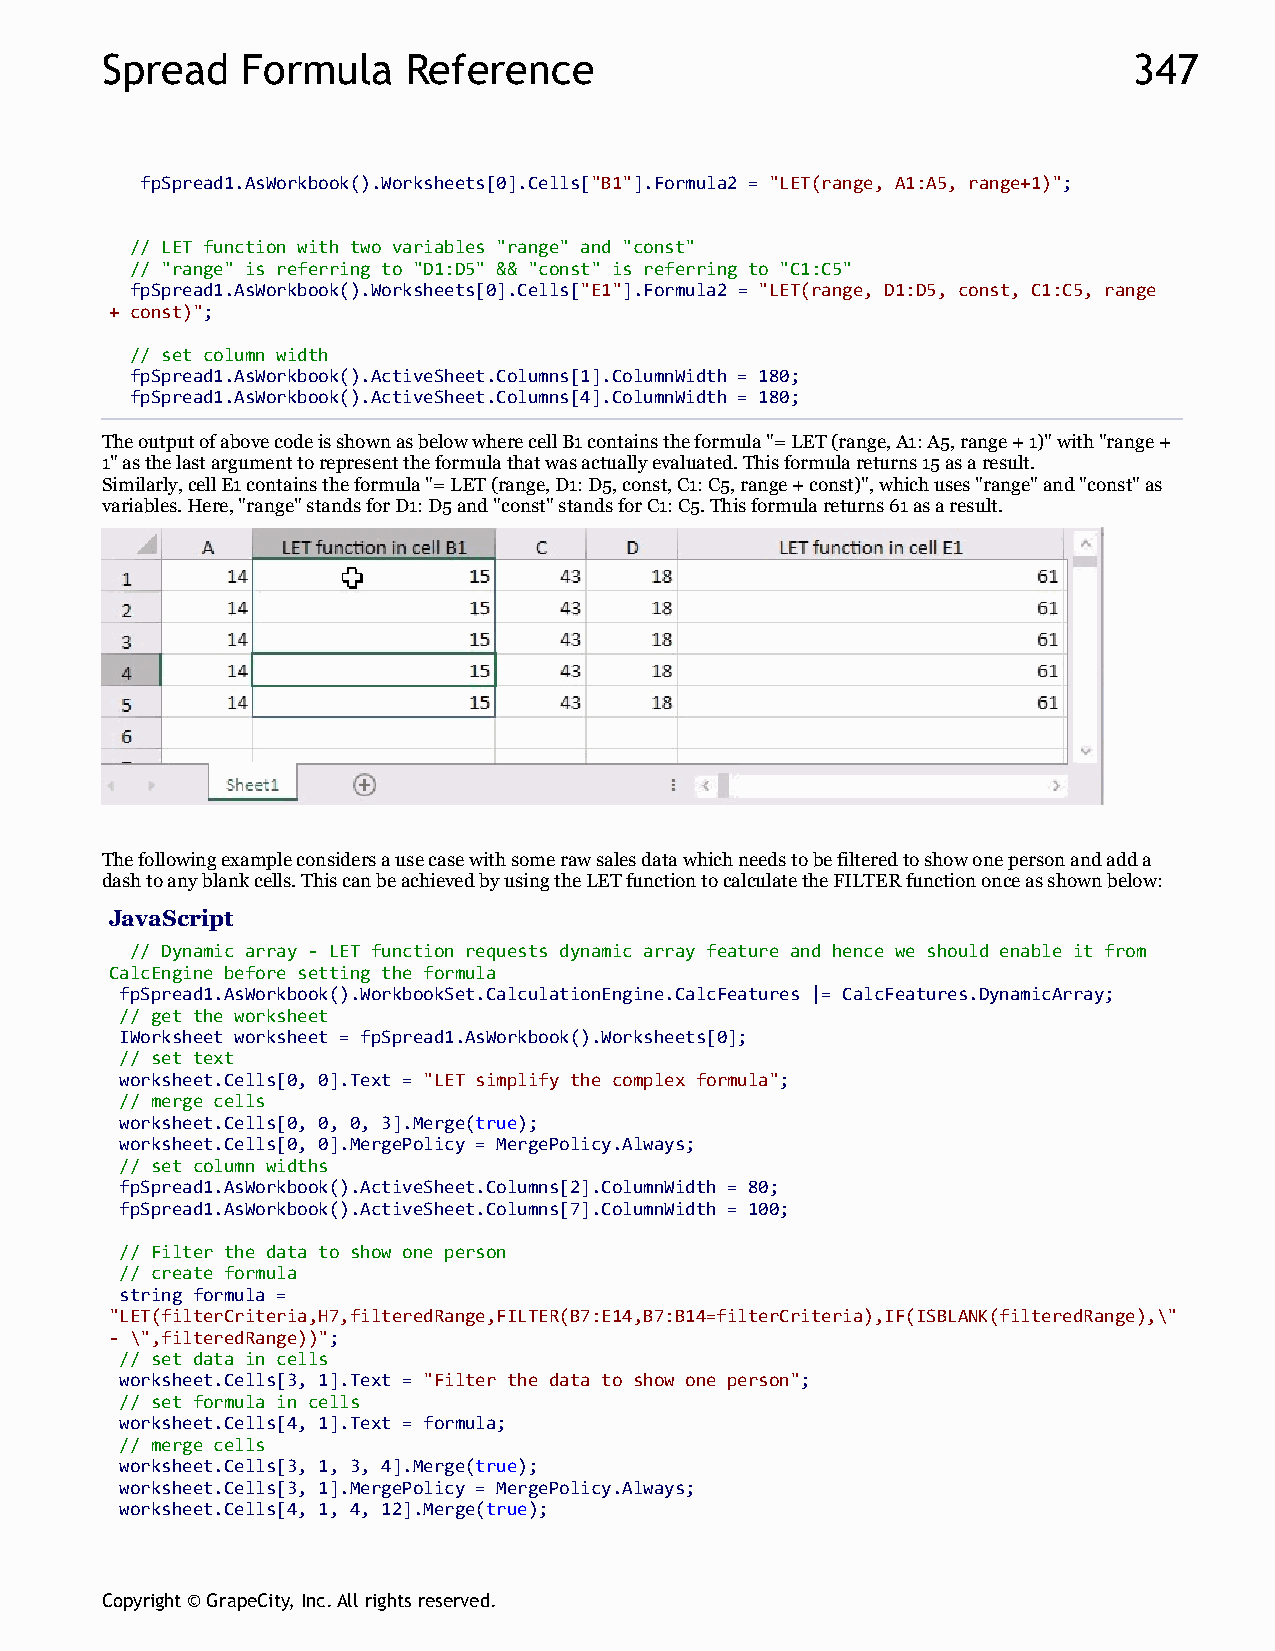
Spread   Formula    Reference                                       347
 fpSpread1.AsWorkbook().Worksheets[0].Cells["B1"].Formula2 = "LET(range, A1:A5, range+1)";
 // LET function with two variables "range" and "const"
 // "range" is referring to "D1:D5" && "const" is referring to "C1:C5"
 fpSpread1.AsWorkbook().Worksheets[0].Cells["E1"].Formula2 = "LET(range, D1:D5, const, C1:C5, range
 + const)";
 // set column width
 fpSpread1.AsWorkbook().ActiveSheet.Columns[1].ColumnWidth = 180;
 fpSpread1.AsWorkbook().ActiveSheet.Columns[4].ColumnWidth = 180;
 The output of above code is shown as below where cell B1 contains the formula "= LET (range, A1: A5, range + 1)" with "range +
 1" as the last argument to represent the formula that was actually evaluated. This formula returns 15 as a result.
 Similarly, cell E1 contains the formula "= LET (range, D1: D5, const, C1: C5, range + const)", which uses "range" and "const" as
 variables. Here, "range" stands for D1: D5 and "const" stands for C1: C5. This formula returns 61 as a result.
 The following example considers a use case with some raw sales data which needs to be filtered to show one person and add a
 dash to any blank cells. This can be achieved by using the LET function to calculate the FILTER function once as shown below:
 JavaScript
 // Dynamic array - LET function requests dynamic array feature and hence we should enable it from
 CalcEngine before setting the formula
 fpSpread1.AsWorkbook().WorkbookSet.CalculationEngine.CalcFeatures |= CalcFeatures.DynamicArray;
 // get the worksheet
 IWorksheet worksheet = fpSpread1.AsWorkbook().Worksheets[0];
 // set text
 worksheet.Cells[0, 0].Text = "LET simplify the complex formula";
 // merge cells
 worksheet.Cells[0, 0, 0, 3].Merge(true);
 worksheet.Cells[0, 0].MergePolicy = MergePolicy.Always;
 // set column widths
 fpSpread1.AsWorkbook().ActiveSheet.Columns[2].ColumnWidth = 80;
 fpSpread1.AsWorkbook().ActiveSheet.Columns[7].ColumnWidth = 100;
 // Filter the data to show one person
 // create formula
 string formula =
 "LET(filterCriteria,H7,filteredRange,FILTER(B7:E14,B7:B14=filterCriteria),IF(ISBLANK(filteredRange),\"
 - \",filteredRange))";
 // set data in cells
 worksheet.Cells[3, 1].Text = "Filter the data to show one person";
 // set formula in cells
 worksheet.Cells[4, 1].Text = formula;
 // merge cells
 worksheet.Cells[3, 1, 3, 4].Merge(true);
 worksheet.Cells[3, 1].MergePolicy = MergePolicy.Always;
 worksheet.Cells[4, 1, 4, 12].Merge(true);
 Copyright © GrapeCity, Inc. All rights reserved.